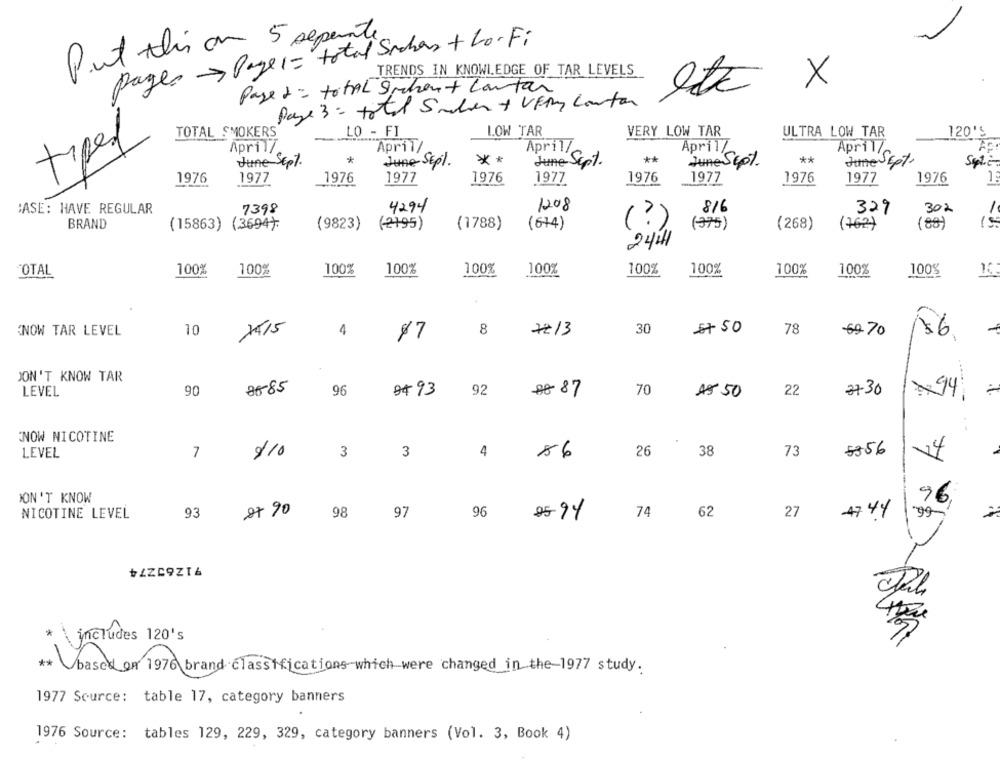
Put this on 5 sepants
pages Page1 = total Suchas + Lo- Fi
TRENDS IN KNOWLEDGE OF TAR LEVELS
Page d = total Sachant cantar
ete x
Page 3 = total Siden + VERy Contar
TOTAL SMOKERS
LO - FI
LOW TAR
VERY LOW TAR
ULTRA LOW TAR
120'S
tipos
Apr11/
April/
April/
April/
April/
*
**
**
**
June Sept.
June SEpl.
June Sept.
JuneSept.
June Sept.
1976
1977
1976
1977
1976
1977
1976
1977
1976
1977
1976
1:
CASE: HAVE REGULAR
7398
4294
1208
816
329
302
1
(?)
BRAND
(15863) (3694).
(9823)
(2195)
(1788)
(614)
(375)
(268)
(762)
(88)
2441
"OTAL
100%
100%
100%
100%
100%
100%
100%
100%
100%
100%
100%
1515
KNOW TAR LEVEL
10
4
8
72/3
30
57 50
78
6970
$7
86
DON'T KNOW TAR
......
85-85
LEVEL
90
96
9493
92
88 87
70
4850
22
3730
×94,
NOW NICOTINE
LEVEL
7
$10
3
3
4
86
26
38
73
5356
DON'T KNOW
96
NICOTINE LEVEL
93
27 90
98
97
96
2594
74
62
27
+ZZ69Z16
* \ includes 120's
* based on 1976 brand classifications which were changed in the-1977 study.
1977 Source: table 17, category banners
1976 Source: tables 129, 229, 329, category banners (Vol. 3, Book 4)